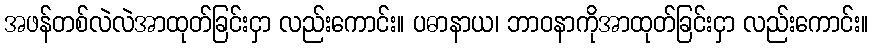
အဖန်တစ်လဲလဲအာထုတ်ခြင်းငှာ လည်းကောင်း။ ပဓာနာယ၊ ဘာဝနာကိုအာထုတ်ခြင်းငှာ လည်းကောင်း။